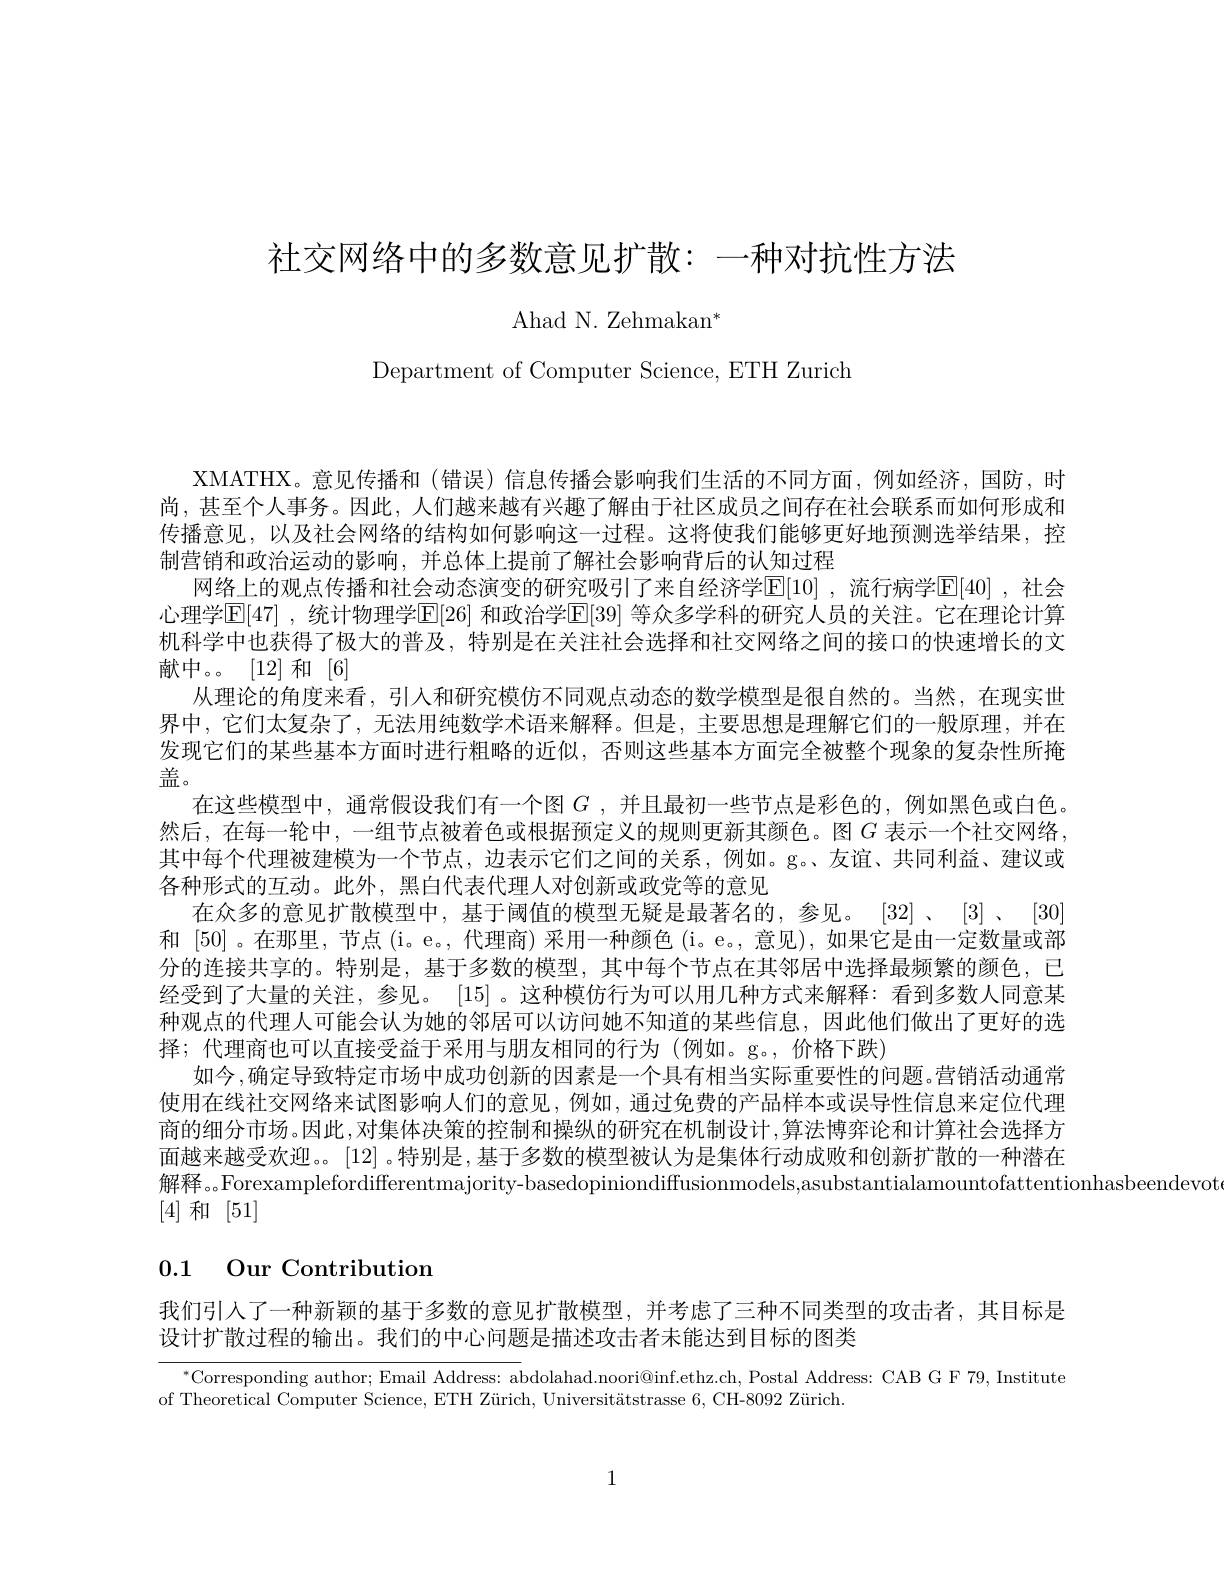
社交网络中的多数意见扩散：一种对抗性方法

${\mathrm{Ahad~N.~Zehmakan}^{*}}$
$$\text{Department of Computer Science, ETH Zurich}$$
XMATHX。意见传播和 (错误)信息传播会影响我们生活的不同方面，例如经济，国防，时尚，甚至个人事务。因此，人们越来越有兴趣了解由于社区成员之间存在社会联系而如何形成和传播意见，以及社会网络的结构如何影响这一过程。这将使我们能够更好地预测选举结果，控制营销和政治运动的影响，并总体上提前了解社会影响背后的认知过程
网络上的观点传播和社会动态演变的研究吸引了来自经济学$\mathbb{E}[10]$ ,流行病学$\mathbb{E}[40]$ ,社会心理学E[47] , 统计物理学E[26] 和政治学$\mathbb{E}[39]$ 等众多学科的研究人员的关注。它在理论计算机科学中也获得了极大的普及，特别是在关注社会选择和社交网络之间的接口的快速增长的文献中。。[12] 和[6]
从理论的角度来看，引人和研究模仿不同观点动态的数学模型是很自然的。当然，在现实世界中，它们太复杂了，无法用纯数学术语来解释。但是，主要思想是理解它们的一般原理，并在发现它们的某些基本方面时进行粗略的近似，否则这些基本方面完全被整个现象的复杂性所掩盖。
在这些模型中，通常假设我们有一个图$G$ ,并且最初一些节点是彩色的，例如黑色或白色。然后，在每一轮中，一组节点被着色或根据预定义的规则更新其颜色。图$G$ 表示一个社交网络， 其中每个代理被建模为一个节点，边表示它们之间的关系，例如。g。、友谊、共同利益、建议或各种形式的互动。此外，黑白代表代理人对创新或政党等的意见
在众多的意见扩散模型中，基于阈值的模型无疑是最著名的，参见。[32]、[3]、[30] 和[50] 。在那里，节点 (i。e。, 代理商) 采用一种颜色 (i。e。, 意见), 如果它是由一定数量或部分的连接共享的。特别是，基于多数的模型，其中每个节点在其邻居中选择最频繁的颜色，已经受到了大量的关注，参见。[15]。这种模仿行为可以用几种方式来解释：看到多数人同意某种观点的代理人可能会认为她的邻居可以访问她不知道的某些信息，因此他们做出了更好的选择；代理商也可以直接受益于采用与朋友相同的行为(例如。g。,价格下跌)
如今，确定导致特定市场中成功创新的因素是一个具有相当实际重要性的问题。营销活动通常使用在线社交网络来试图影响人们的意见，例如，通过免费的产品样本或误导性信息来定位代理商的细分市场。因此，对集体决策的控制和操纵的研究在机制设计 ,算法博弈论和计算社会选择方面越来越受欢迎。。[12]。特别是，基于多数的模型被认为是集体行动成败和创新扩散的一种潜在解释。。Forexamplefordifferentmajority-basedopiniondiffusionmodels,asubstantialamountofattentionhasbeendevot
[4]和[51]

# 0.1 Our Contribution

我们引入了一种新颖的基于多数的意见扩散模型，并考虑了三种不同类型的攻击者，其目标是
设计扩散过程的输出。我们的中心问题是描述攻击者未能达到目标的图类

$^{*}$Corresponding author; Email Address: abdolahad.noori@inf.ethz.ch, Postal Address: CAB G F 79, Institute

of Theoretical Computer Science, ETH Zürich, Universitätstrasse 6, CH-8092 Zürich.

1